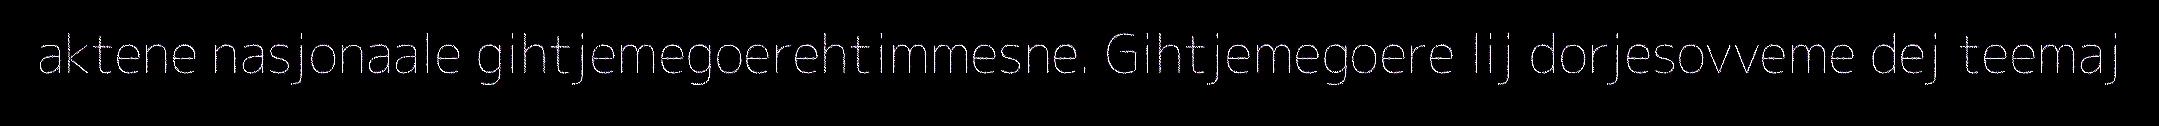
aktene nasjonaale gihtjemegoerehtimmesne. Gihtjemegoere lij dorjesovveme dej teemaj